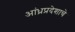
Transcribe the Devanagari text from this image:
आंध्रप्रदेशाचे